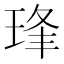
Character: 琒